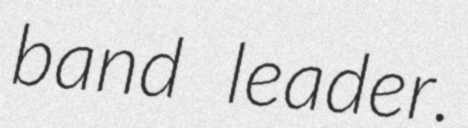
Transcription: band leader.